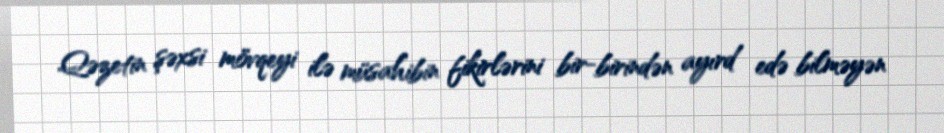
Qəzetin şəxsi mövqeyi ilə müsahibin fikirlərini bir-birindən ayırd edə bilməyən